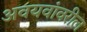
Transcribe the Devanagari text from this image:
अवयवांवरील